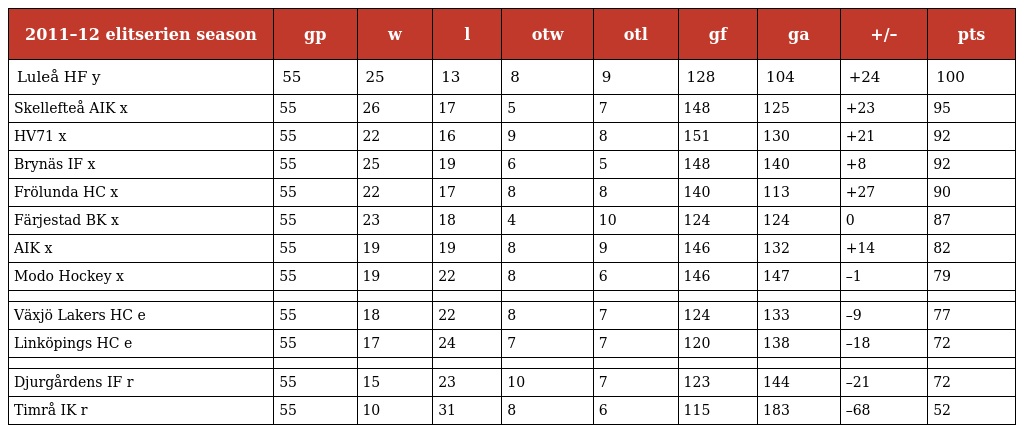
| 2011–12 elitserien season | gp | w | l | otw | otl | gf | ga | +/– | pts |
 | --- | --- | --- | --- | --- | --- | --- | --- | --- | --- |
 | Luleå HF y | 55 | 25 | 13 | 8 | 9 | 128 | 104 | +24 | 100 |
 | Skellefteå AIK x | 55 | 26 | 17 | 5 | 7 | 148 | 125 | +23 | 95 |
 | HV71 x | 55 | 22 | 16 | 9 | 8 | 151 | 130 | +21 | 92 |
 | Brynäs IF x | 55 | 25 | 19 | 6 | 5 | 148 | 140 | +8 | 92 |
 | Frölunda HC x | 55 | 22 | 17 | 8 | 8 | 140 | 113 | +27 | 90 |
 | Färjestad BK x | 55 | 23 | 18 | 4 | 10 | 124 | 124 | 0 | 87 |
 | AIK x | 55 | 19 | 19 | 8 | 9 | 146 | 132 | +14 | 82 |
 | Modo Hockey x | 55 | 19 | 22 | 8 | 6 | 146 | 147 | –1 | 79 |
 |  |  |  |  |  |  |  |  |  |  |
 | Växjö Lakers HC e | 55 | 18 | 22 | 8 | 7 | 124 | 133 | –9 | 77 |
 | Linköpings HC e | 55 | 17 | 24 | 7 | 7 | 120 | 138 | –18 | 72 |
 |  |  |  |  |  |  |  |  |  |  |
 | Djurgårdens IF r | 55 | 15 | 23 | 10 | 7 | 123 | 144 | –21 | 72 |
 | Timrå IK r | 55 | 10 | 31 | 8 | 6 | 115 | 183 | –68 | 52 |